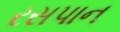
રસપાન